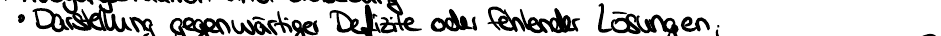
Dastellung gegenwärtiger Defizite oder fehlender Lösungen